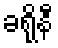
ခရိုနီ